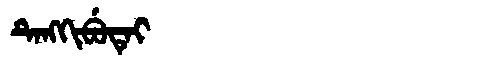
Manchu: ᡨᡝᠩᡴᡳᠪᡠᡨᡝᡳ
Romanization: TENGKIBUTEI